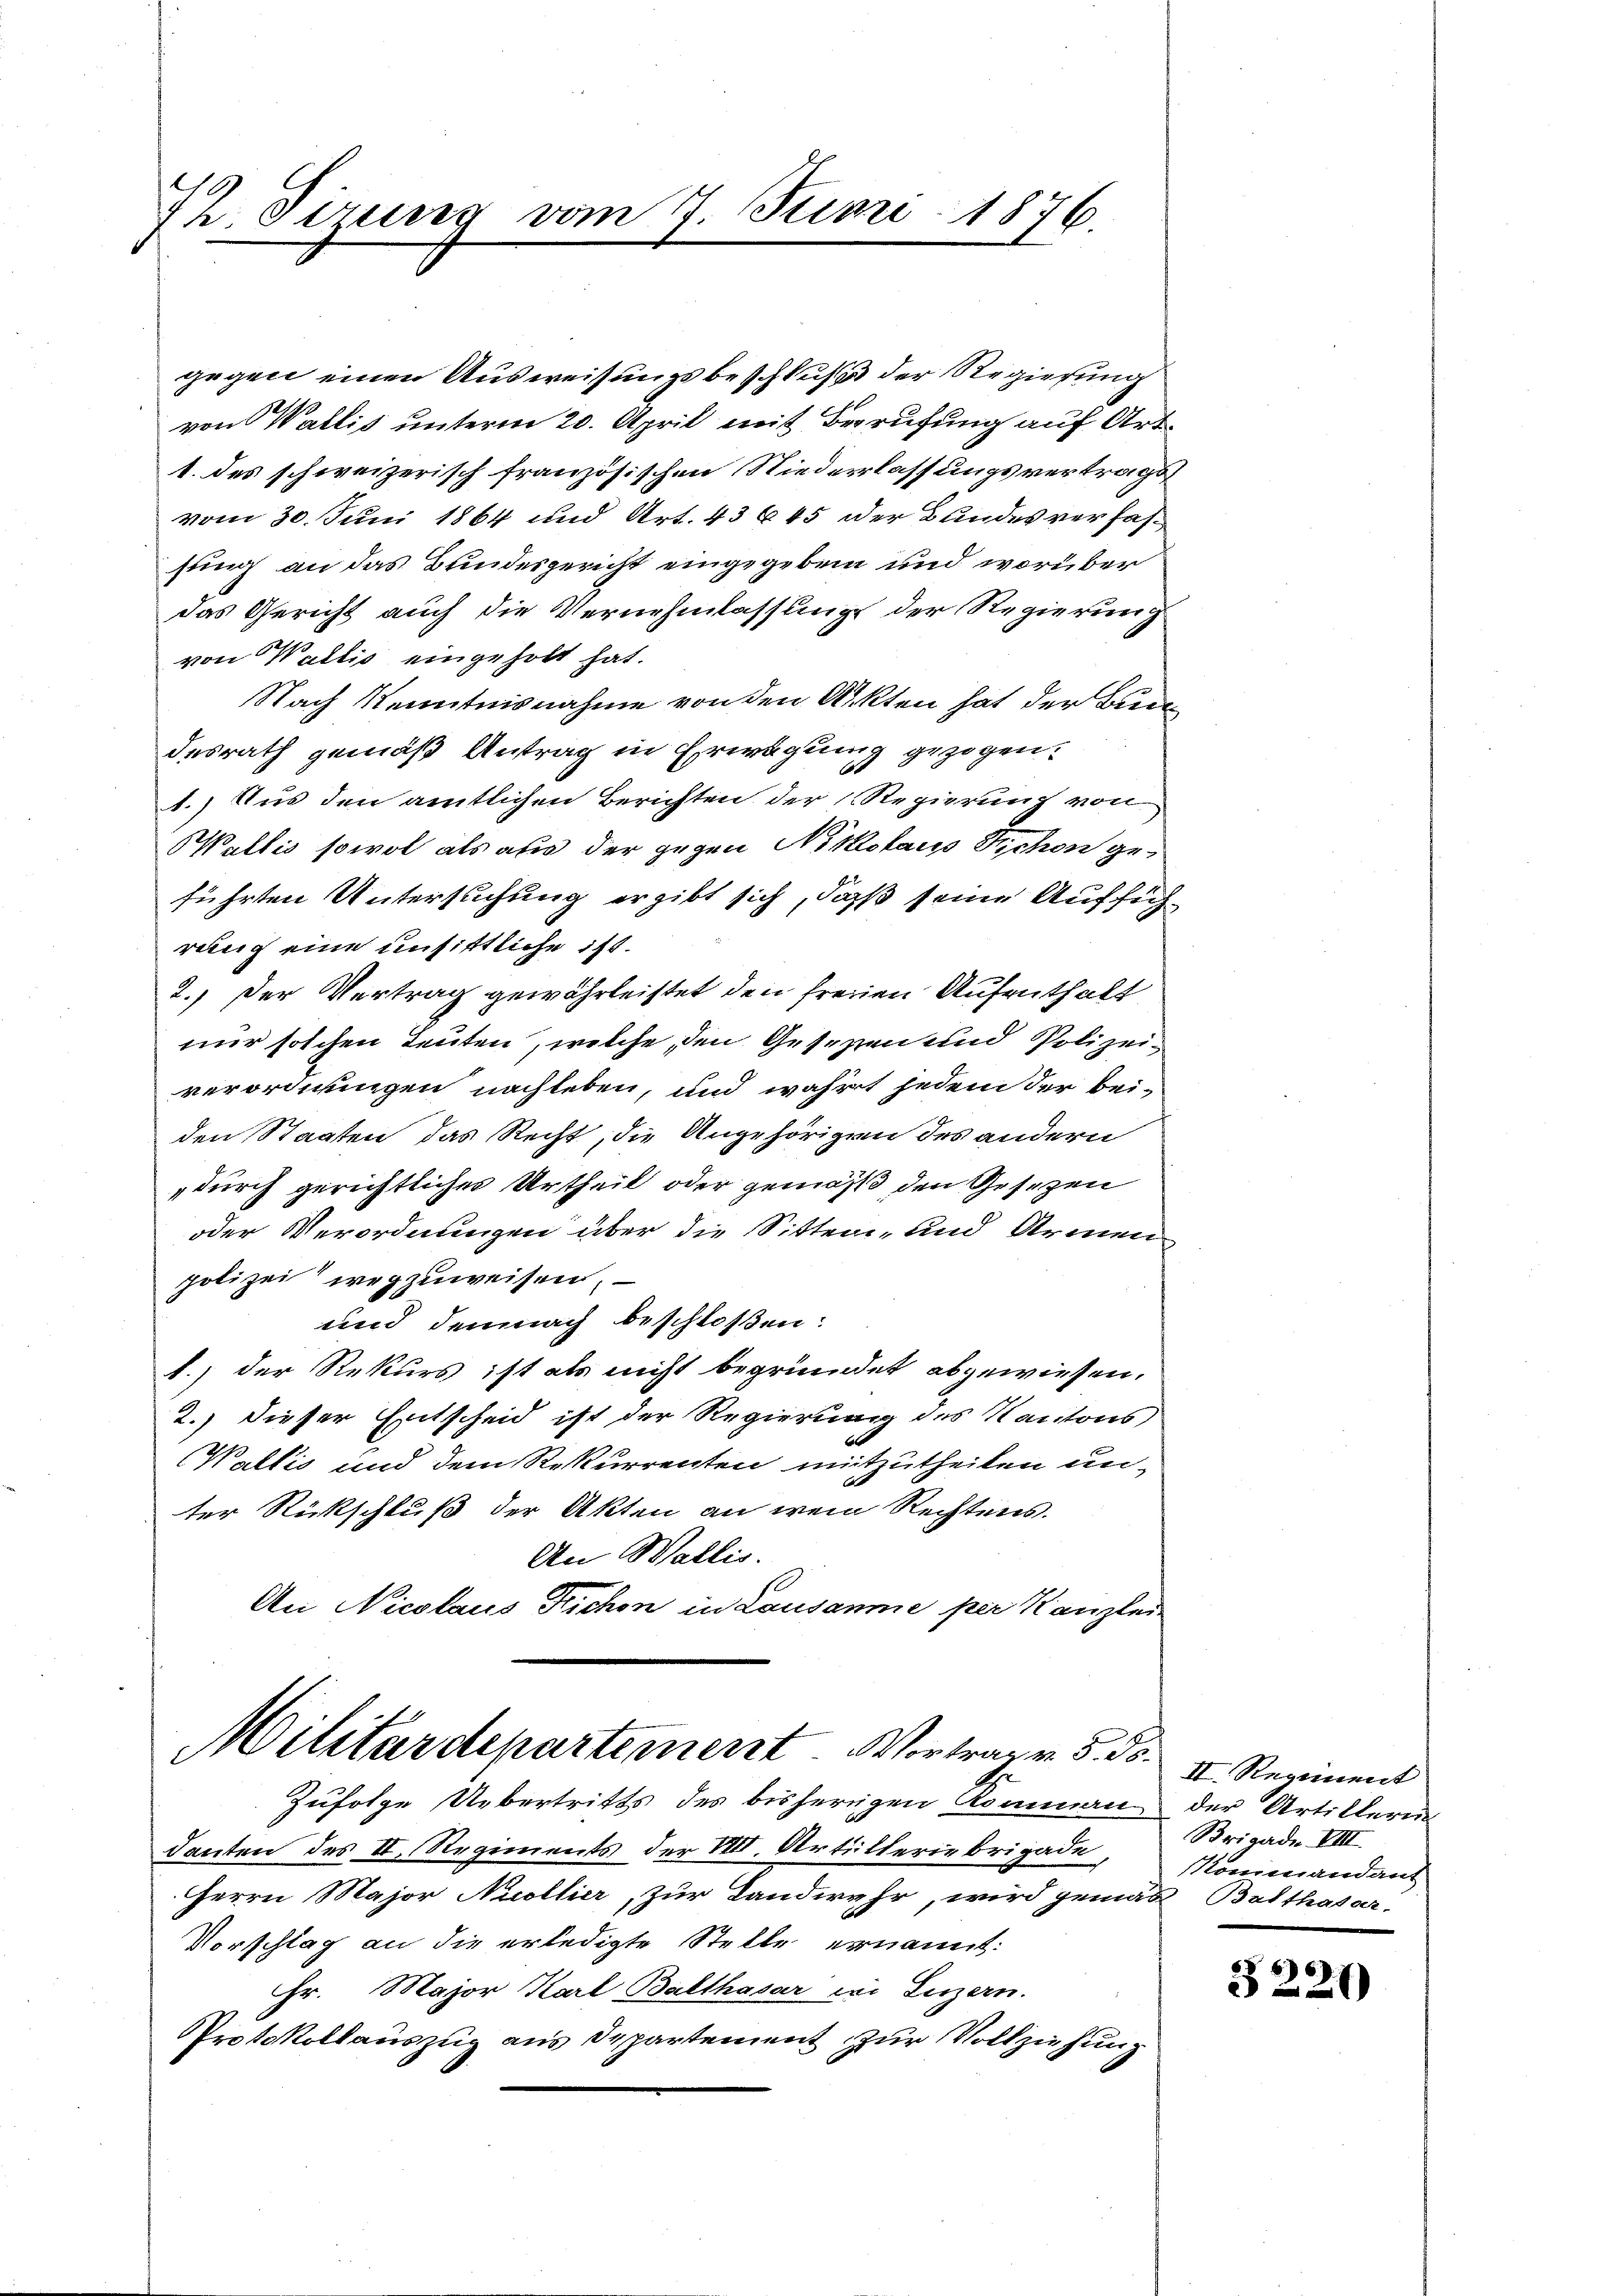
72. Sizung vom 7. Juni 1876.

gegen einen Ausweisungsbeschluß der Regierung
von Wallis unterm 20. April mit Berufung auf Art.
1. des schweizerisch französischen Niederlassungsvertrags
vom 30. Juni 1864 und Art. 43645 der Bundes verfassung an das Bundesgericht eingegeben und worüber
das Gericht auch die Vernehmlassung der Regierung
von Wallis eingeholt hat.
Nach Kenntnisnahme von den Akten hat der Bund
desrath gemäß Antrag in Erwägung gezogen,
1.) Aus den amtlichen Berichten der Regierung von
Wallis sowol als aus der gegen Nikolaus Schon geführten Untersuchung ergibt sich, daß seine Aufführung eine unsittliche ist.
2.) Der Vertrag gewährleistet den freien Aufenthalt
nur solchen Leuten, welche, den Gesezzen und Polizeiverordnungen nach leben, und wahrt jedem der beiden Staaten das Recht, die Angehörigen des andern
„durch gerichtliches Urtheil oder gemäß, den Gesetzen
oder Verordnungen über die Sitten, und Armen
polizei wegzuweisen,
und demnach beschloßen:
1.) der Rekurs ist als nicht begründet abgewiesen.
2.) dieser Entscheid ist der Regierung des Kantons
Wallis und dem Rekurrenten mitzutheilen unter Rückschluß der Akten an wem Rechtens.
An Wallis.
An Nicolaus Kichen in Lausanne per Kanzlei

Militärdepartement. Vortrage 5. ds.
Zufolge Uebertritts des bisherigen Komman

danten des II. Regiments der VIII. Artillerie Brigade,
Herrn Major Nuollier, zur Landwehr, wird gemäß Balthasar,
Vorschlag an die erledigte Stelle ernannt:
Hr. Major Karl Balthasar wi Luzern.
Protokollauszug aus Departement zur Vollziehung

II. Regiment
der Artillerin
Brigade VIII.
Kommandant

66
221)